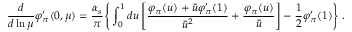
\frac { d } { d \ln \mu } \varphi _ { \pi } ^ { \prime } ( 0 , \mu ) = \frac { \alpha _ { s } } { \pi } \Bigg \{ \int _ { 0 } ^ { 1 } d u \left[ \frac { \varphi _ { \pi } ( u ) + \bar { u } \varphi _ { \pi } ^ { \prime } ( 1 ) } { \bar { u } ^ { 2 } } + \frac { \varphi _ { \pi } ( u ) } { \bar { u } } \right] - \frac { 1 } { 2 } \varphi _ { \pi } ^ { \prime } ( 1 ) \Bigg \} \; .